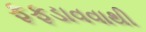
ફફડાવવાથી